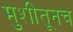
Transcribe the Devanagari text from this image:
मुशीतूनच